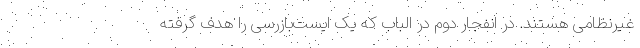
غیرنظامی هستند. در انفجار دوم در الباب که یک ایست‌بازرسی را هدف گرفته